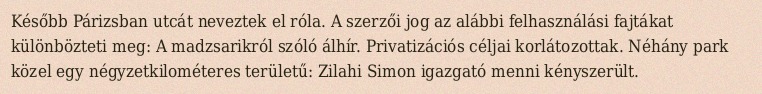
Később Párizsban utcát neveztek el róla. A szerzői jog az alábbi felhasználási fajtákat különbözteti meg: A madzsarikról szóló álhír. Privatizációs céljai korlátozottak. Néhány park közel egy négyzetkilométeres területű: Zilahi Simon igazgató menni kényszerült.